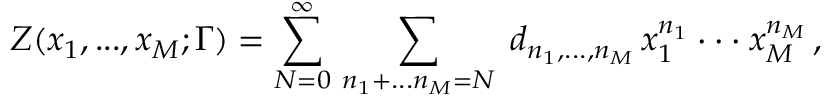
Z ( x _ { 1 } , . . . , x _ { M } ; \Gamma ) = \sum _ { N = 0 } ^ { \infty } \, \sum _ { n _ { 1 } + . . . n _ { M } = N } \; d _ { n _ { 1 } , . . . , n _ { M } } \, x _ { 1 } ^ { n _ { 1 } } \cdot \cdot \cdot x _ { M } ^ { n _ { M } } \, ,